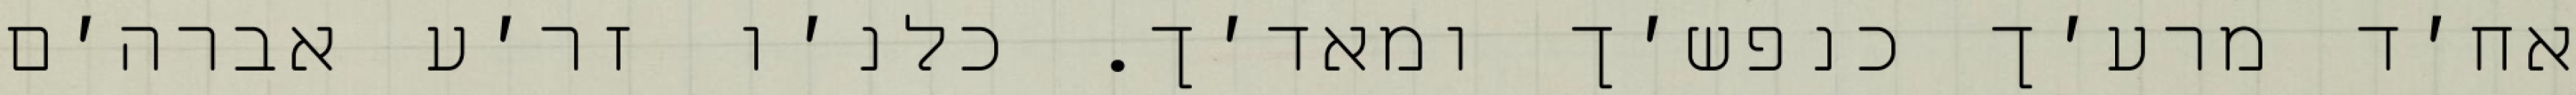
אח׳ד מרע׳ך כנפש׳ך ומאד׳ך. כלנ׳ו זר׳ע אברה׳ם